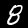
Label: 8